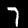
Digit: 7